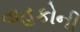
વાહકોની